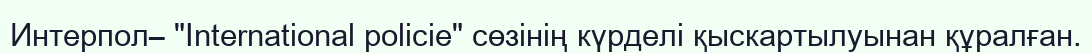
Интерпол– "International polіcie" сөзінің күрделі қыскартылуынан құралған.